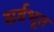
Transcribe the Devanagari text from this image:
सर्वभूत